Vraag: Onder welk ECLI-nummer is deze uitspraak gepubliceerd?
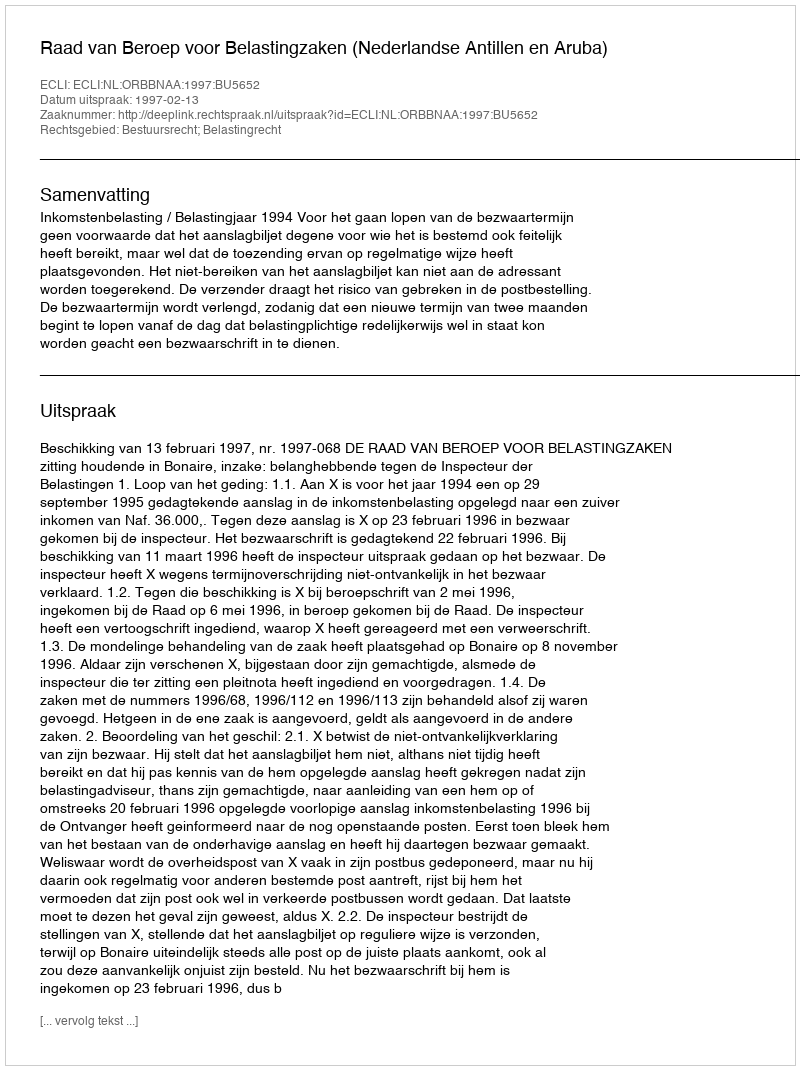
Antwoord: ECLI:NL:ORBBNAA:1997:BU5652